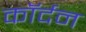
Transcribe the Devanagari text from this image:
कॉर्दन